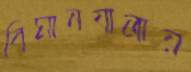
বিমানযাত্রায়